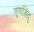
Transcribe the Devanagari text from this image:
तृणबिंदु